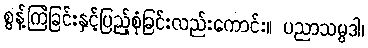
စွန့်ကြဲခြင်းနှင့်ပြည့်စုံခြင်းလည်းကောင်း။ ပညာသမ္ပဒါ၊